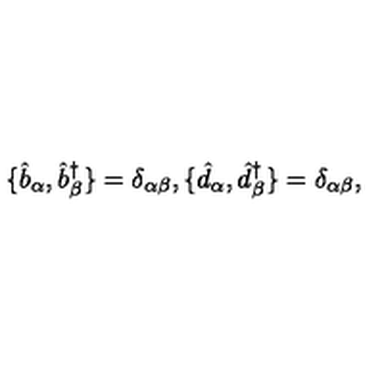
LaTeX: \{ \hat { b } _ { \alpha } , \hat { b } _ { \beta } ^ { \dagger } \} = \delta _ { \alpha \beta } , \{ \hat { d } _ { \alpha } , \hat { d } _ { \beta } ^ { \dagger } \} = \delta _ { \alpha \beta } ,